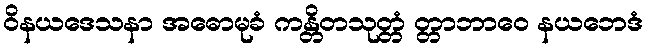
ဝိနယဒေသနာ အဓောမုခံ ကန္တိတသုတ္တံ တ္တာဘာဝေ နယဘေဒံ